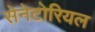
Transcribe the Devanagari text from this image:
सेनेटोरियल